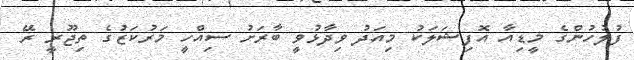
ފުލުހުންގެ މީޑިއާ އޮފިޝަލަކު މިއަދު ވިދާޅުވީ ބާރަށު ސިއްހީ މަރުކަޒުގެ ތިޖޫރީ ރޭ